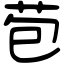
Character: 苞